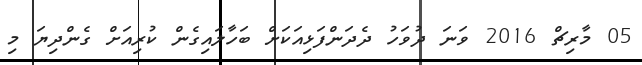
05 މާރިޗް 2016 ވަނަ ދުވަހު ދެދަންފަޅިއަކަށް ބަހާލައިގެން ކުރިއަށް ގެންދިޔަ މި